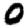
Digit: 0